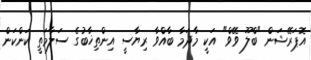
އޮޕަރޭޝަން "ބްލޫ ވޭވް" އަކީ މާދަމާ ބާއްވާ ރިޔާސީ އިންތިޚާބުގެ ސަލާމަތީ ކަންކަން